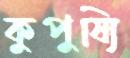
কুপুষ্যি